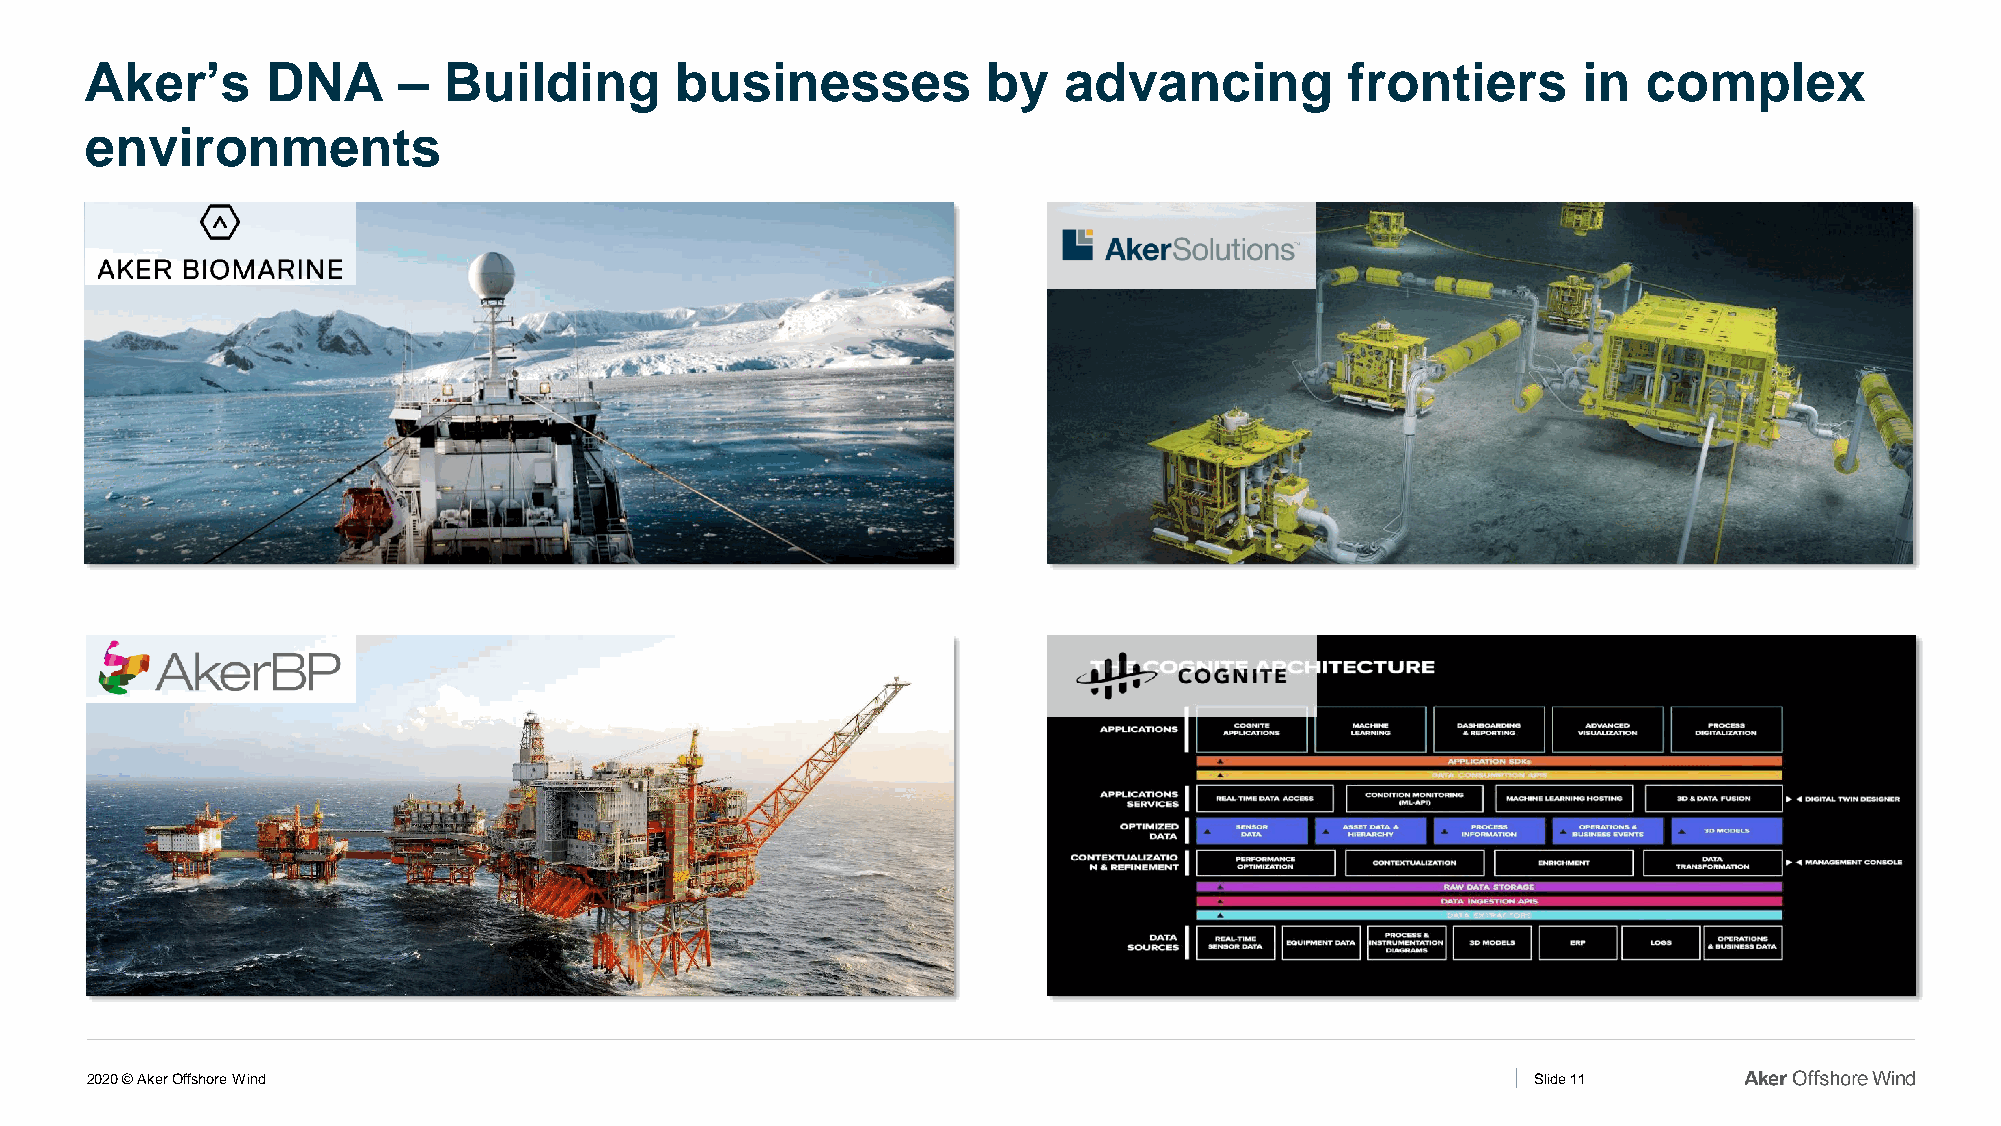
Aker’s      DNA     –  Building        businesses          by   advancing          frontiers       in  complex
 environments
 2020 © Aker Offshore Wind                                                                       Slide 11